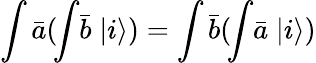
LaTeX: \int{\bar{a}}(\! \int\! {\bar{b}}\; |i\rangle)=\int{\bar{b}}(\! \int\! {\bar{a}}\; |i\rangle)